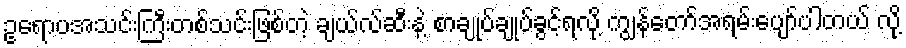
ဥရောပအသင်းကြီးတစ်သင်းဖြစ်တဲ့ ချယ်လ်ဆီးနဲ့ စာချုပ်ချုပ်ခွင့်ရလို့ ကျွန်တော်အရမ်းပျော်ပါတယ် လို့